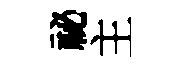
祕主